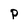
Character: p